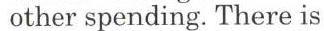
other spending. There is